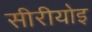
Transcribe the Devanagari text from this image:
सीरीयोइ